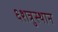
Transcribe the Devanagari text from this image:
६शत्रुस्थान